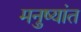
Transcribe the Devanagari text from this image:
मनुष्यांत